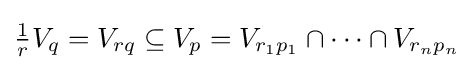
{\tfrac {1}{r}}V_{q}=V_{rq}\subseteq V_{p}=V_{r_{1}p_{1}}\cap \cdots \cap V_{r_{n}p_{n}}